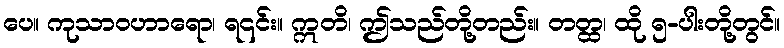
ပေ။ ကုသာဝဟာရော၊ ရ၎င်း။ ဣတိ၊ ဤသည်တို့တည်း။ တတ္ထ၊ ထို ၅-ပါးတို့တွင်။